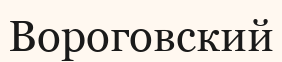
Вороговский